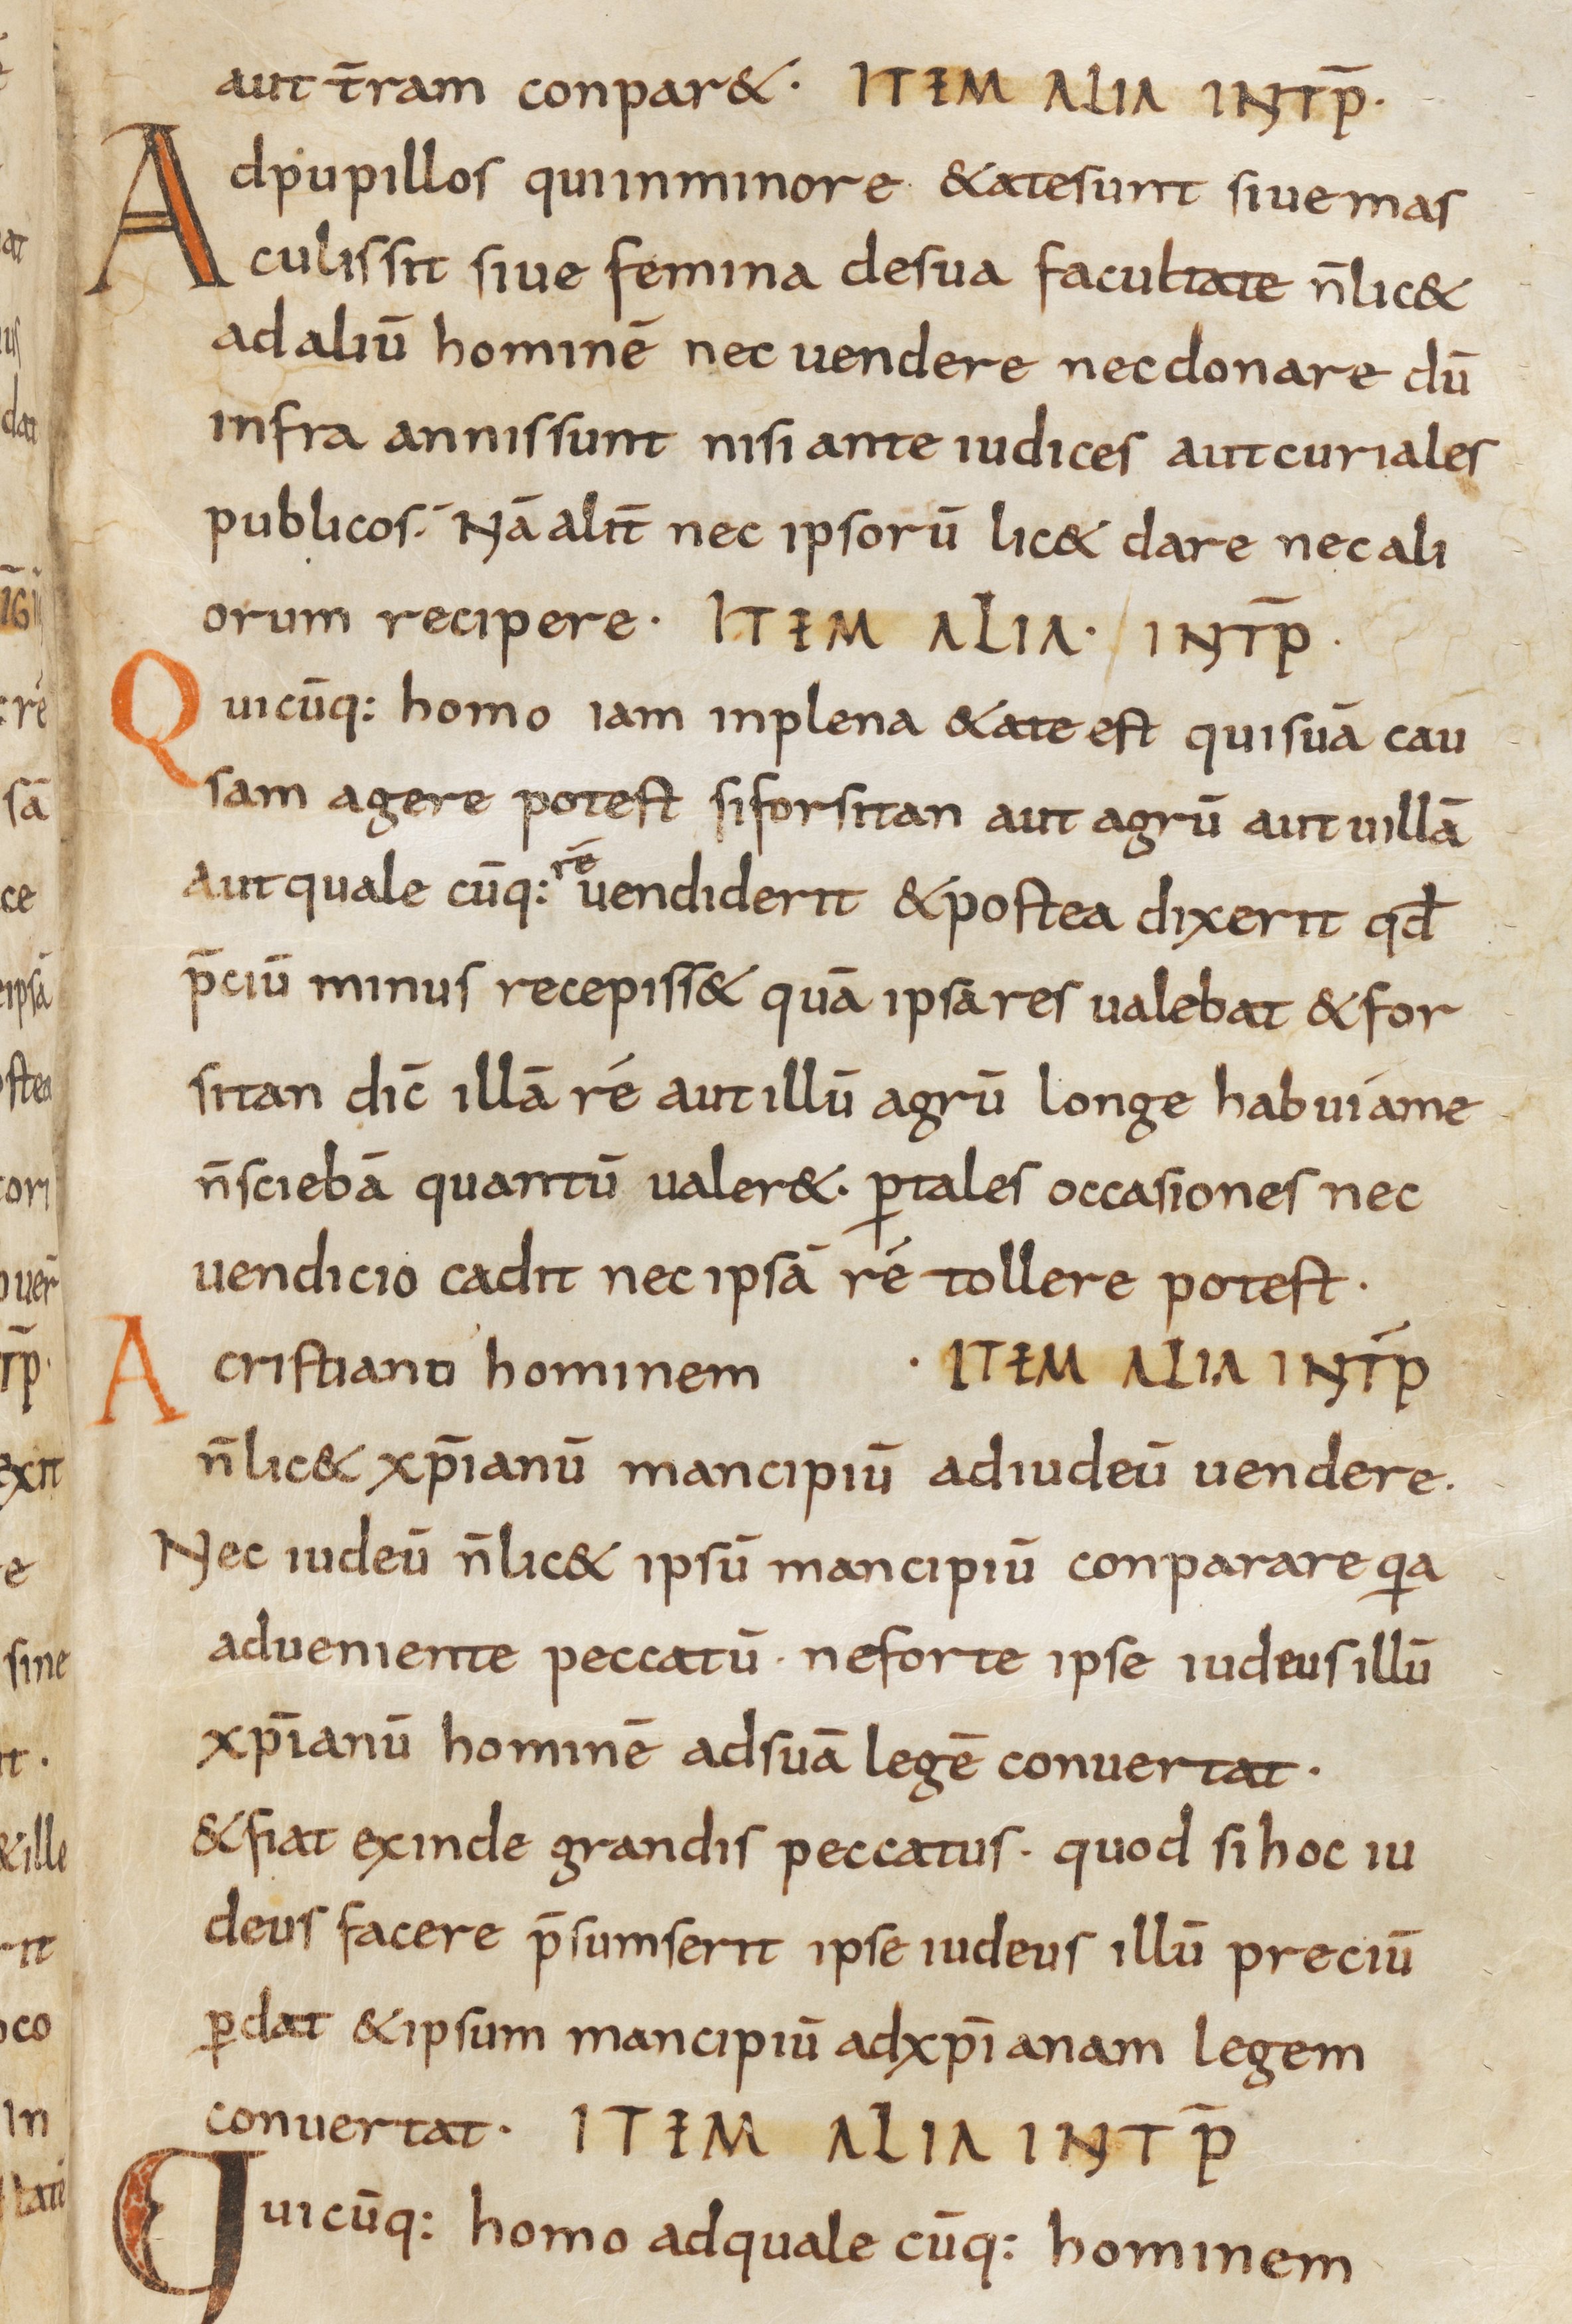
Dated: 800–865